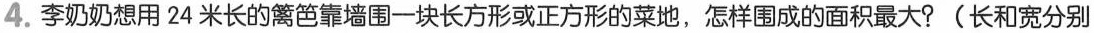
4.李奶奶想用24米长的篱笆靠墙围一块长方形或正方形的菜地，怎样围成的面积最大?(长和宽分别